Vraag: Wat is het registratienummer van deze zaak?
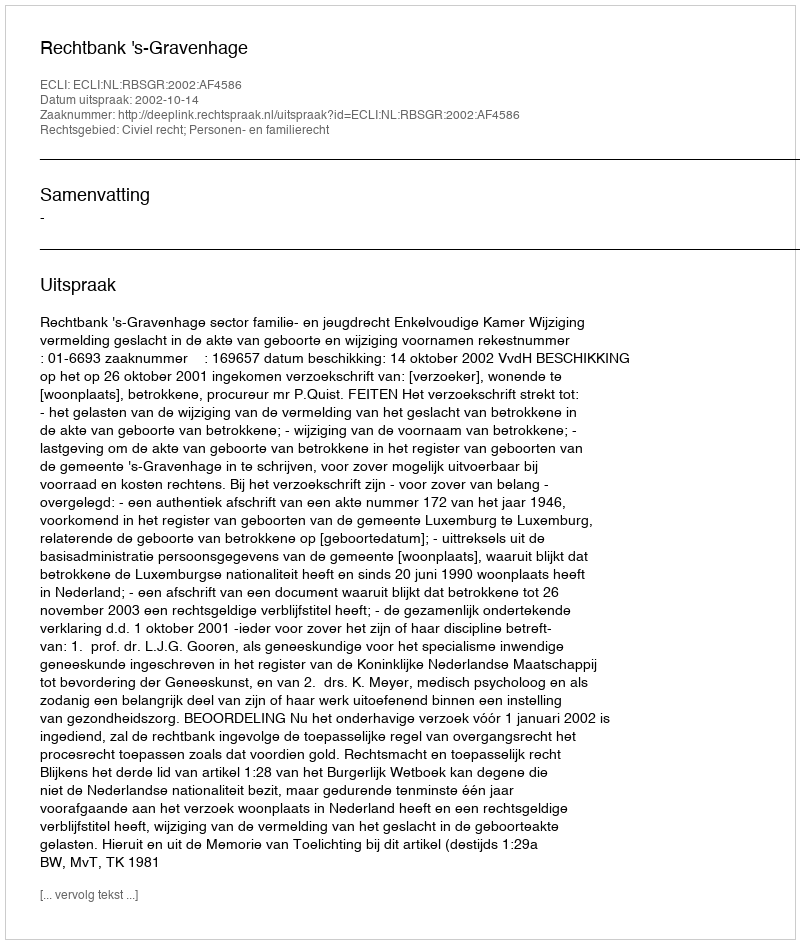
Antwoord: http://deeplink.rechtspraak.nl/uitspraak?id=ECLI:NL:RBSGR:2002:AF4586